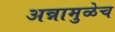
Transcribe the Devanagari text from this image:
अन्नामुळेच